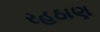
રહઠાણ